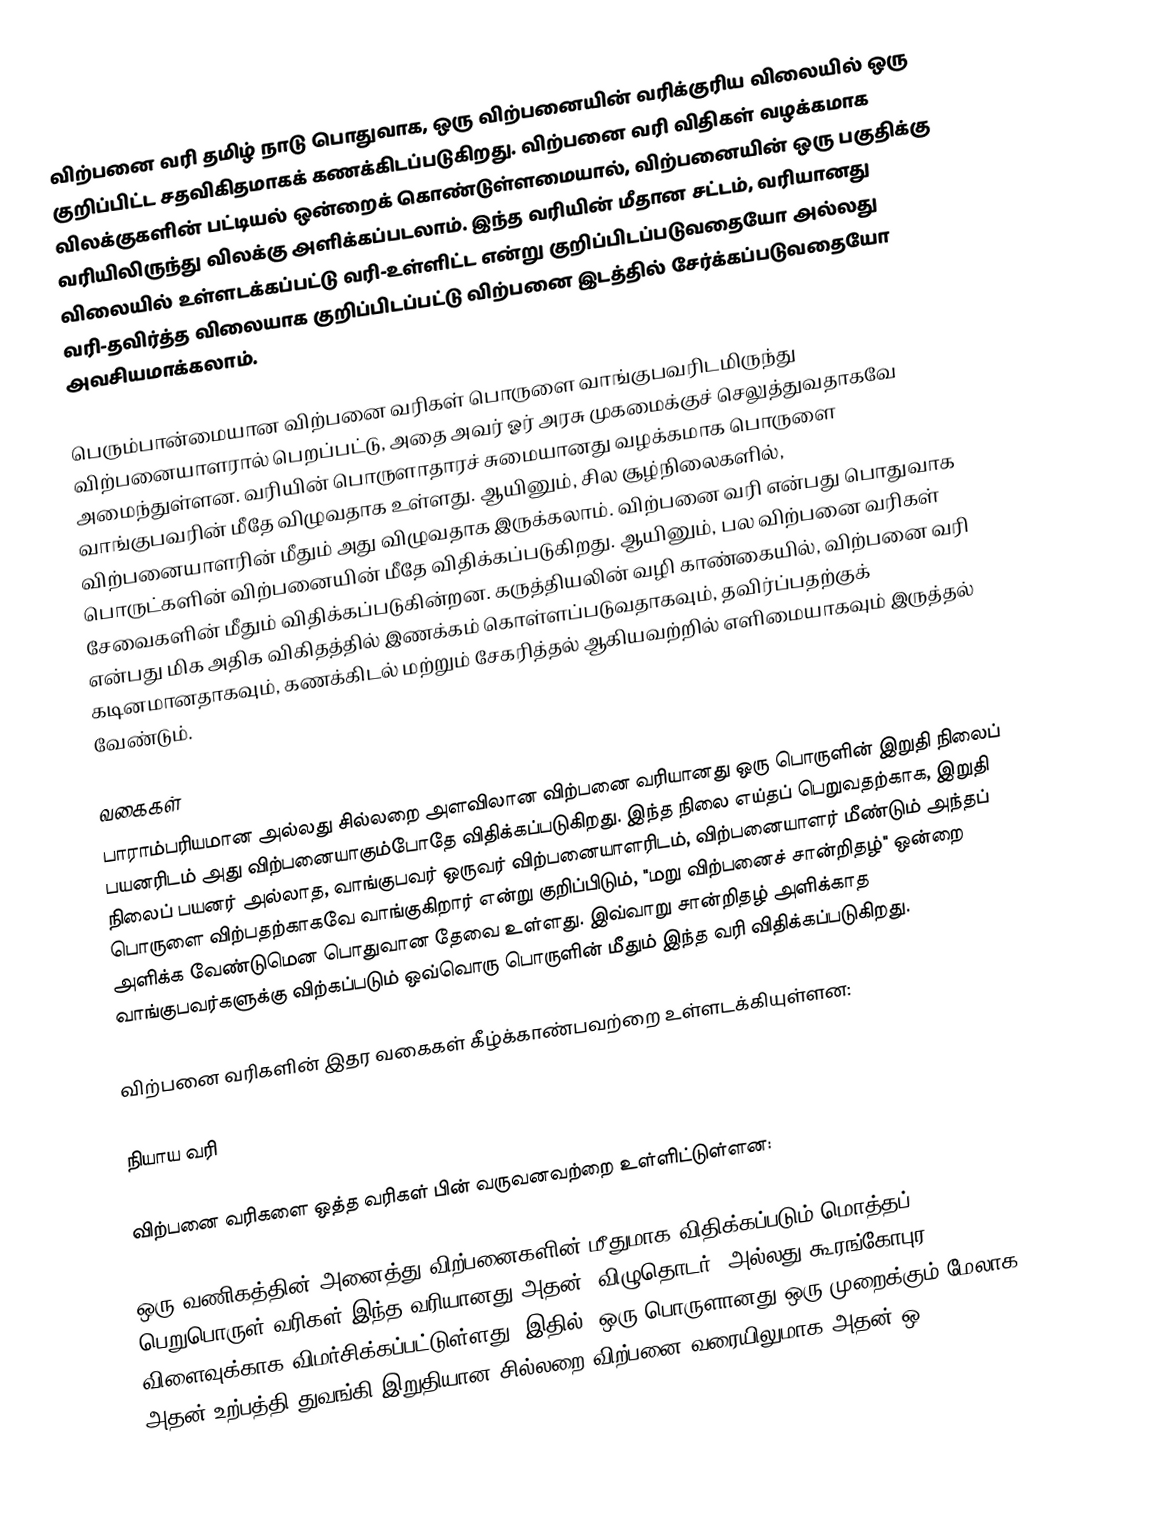
விற்பனை வரி தமிழ் நாடு பொதுவாக, ஒரு விற்பனையின் வரிக்குரிய விலையில் ஒரு குறிப்பிட்ட சதவிகிதமாகக் கணக்கிடப்படுகிறது. விற்பனை வரி விதிகள் வழக்கமாக விலக்குகளின் பட்டியல் ஒன்றைக் கொண்டுள்ளமையால், விற்பனையின் ஒரு பகுதிக்கு வரியிலிருந்து விலக்கு அளிக்கப்படலாம். இந்த வரியின் மீதான சட்டம், வரியானது விலையில் உள்ளடக்கப்பட்டு வரி-உள்ளிட்ட என்று குறிப்பிடப்படுவதையோ அல்லது வரி-தவிர்த்த விலையாக குறிப்பிடப்பட்டு விற்பனை இடத்தில் சேர்க்கப்படுவதையோ அவசியமாக்கலாம்.

பெரும்பான்மையான விற்பனை வரிகள் பொருளை வாங்குபவரிடமிருந்து விற்பனையாளரால் பெறப்பட்டு, அதை அவர் ஓர் அரசு முகமைக்குச் செலுத்துவதாகவே அமைந்துள்ளன. வரியின் பொருளாதாரச் சுமையானது வழக்கமாக பொருளை வாங்குபவரின் மீதே விழுவதாக உள்ளது. ஆயினும், சில சூழ்நிலைகளில், விற்பனையாளரின் மீதும் அது விழுவதாக இருக்கலாம். விற்பனை வரி என்பது பொதுவாக பொருட்களின் விற்பனையின் மீதே விதிக்கப்படுகிறது. ஆயினும், பல விற்பனை வரிகள் சேவைகளின் மீதும் விதிக்கப்படுகின்றன. கருத்தியலின் வழி காண்கையில், விற்பனை வரி என்பது மிக அதிக விகிதத்தில் இணக்கம் கொள்ளப்படுவதாகவும், தவிர்ப்பதற்குக் கடினமானதாகவும், கணக்கிடல் மற்றும் சேகரித்தல் ஆகியவற்றில் எளிமையாகவும் இருத்தல் வேண்டும்.

வகைகள்
பாராம்பரியமான அல்லது சில்லறை அளவிலான விற்பனை வரியானது ஒரு பொருளின் இறுதி நிலைப் பயனரிடம் அது விற்பனையாகும்போதே விதிக்கப்படுகிறது. இந்த நிலை எய்தப் பெறுவதற்காக, இறுதி நிலைப் பயனர் அல்லாத, வாங்குபவர் ஒருவர் விற்பனையாளரிடம், விற்பனையாளர் மீண்டும் அந்தப் பொருளை விற்பதற்காகவே வாங்குகிறார் என்று குறிப்பிடும், "மறு விற்பனைச் சான்றிதழ்" ஒன்றை அளிக்க வேண்டுமென பொதுவான தேவை உள்ளது. இவ்வாறு சான்றிதழ் அளிக்காத வாங்குபவர்களுக்கு விற்கப்படும் ஒவ்வொரு பொருளின் மீதும் இந்த வரி விதிக்கப்படுகிறது.

விற்பனை வரிகளின் இதர வகைகள் கீழ்க்காண்பவற்றை உள்ளடக்கியுள்ளன:

 நியாய வரி

விற்பனை வரிகளை ஒத்த வரிகள் பின் வருவனவற்றை உள்ளிட்டுள்ளன:

 ஒரு வணிகத்தின் அனைத்து விற்பனைகளின் மீதுமாக விதிக்கப்படும் மொத்தப் பெறுபொருள் வரிகள் இந்த வரியானது அதன் "விழுதொடர்" அல்லது கூரங்கோபுர விளைவுக்காக விமர்சிக்கப்பட்டுள்ளது; இதில், ஒரு பொருளானது ஒரு முறைக்கும் மேலாக, அதன் உற்பத்தி துவங்கி இறுதியான சில்லறை விற்பனை வரையிலுமாக அதன் ஒ